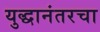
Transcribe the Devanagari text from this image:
युद्धानंतरचा